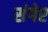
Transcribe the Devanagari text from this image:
संगेर